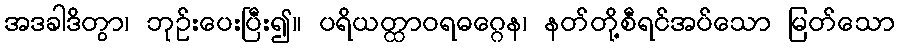
အဒခါဒိတွာ၊ ဘုဉ်းပေးပြီး၍။ ပရိယတ္ထာဝရဓဂ္ဂေန၊ နတ်တို့စီရင်အပ်သော မြတ်သော